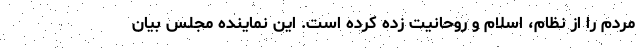
مردم را از نظام، اسلام و روحانیت زده کرده است. این نماینده مجلس بیان